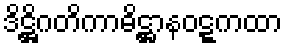
ဒိဋ္ဌိဂတိကာဓိဋ္ဌာနဝဋ္ဋကထာ